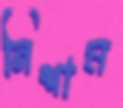
নিশাম